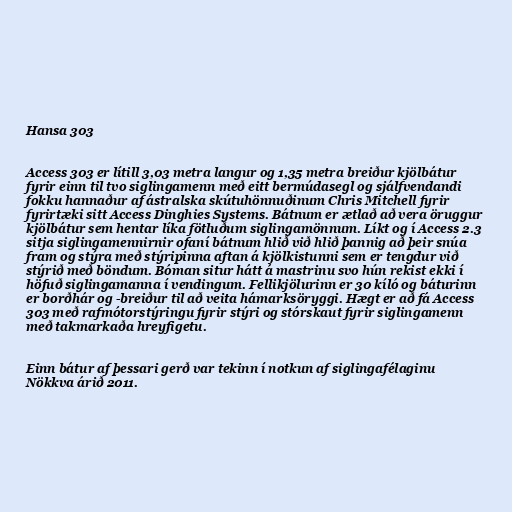
Hansa 303

Access 303 er lítill 3,03 metra langur og 1,35 metra breiður kjölbátur
fyrir einn til tvo siglingamenn með eitt bermúdasegl og sjálfvendandi
fokku hannaður af ástralska skútuhönnuðinum Chris Mitchell fyrir
fyrirtæki sitt Access Dinghies Systems. Bátnum er ætlað að vera öruggur
kjölbátur sem hentar líka fötluðum siglingamönnum. Líkt og í Access 2.3
sitja siglingamennirnir ofaní bátnum hlið við hlið þannig að þeir snúa
fram og stýra með stýripinna aftan á kjölkistunni sem er tengdur við
stýrið með böndum. Bóman situr hátt á mastrinu svo hún rekist ekki í
höfuð siglingamanna í vendingum. Fellikjölurinn er 30 kíló og báturinn
er borðhár og -breiður til að veita hámarksöryggi. Hægt er að fá Access
303 með rafmótorstýringu fyrir stýri og stórskaut fyrir siglingamenn
með takmarkaða hreyfigetu.

Einn bátur af þessari gerð var tekinn í notkun af siglingafélaginu
Nökkva árið 2011.